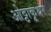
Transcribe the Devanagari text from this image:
ओट्टाकूथर